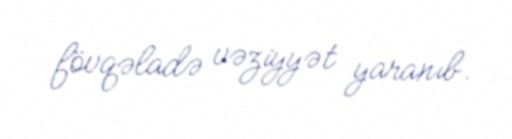
fövqəladə vəziyyət yaranıb.